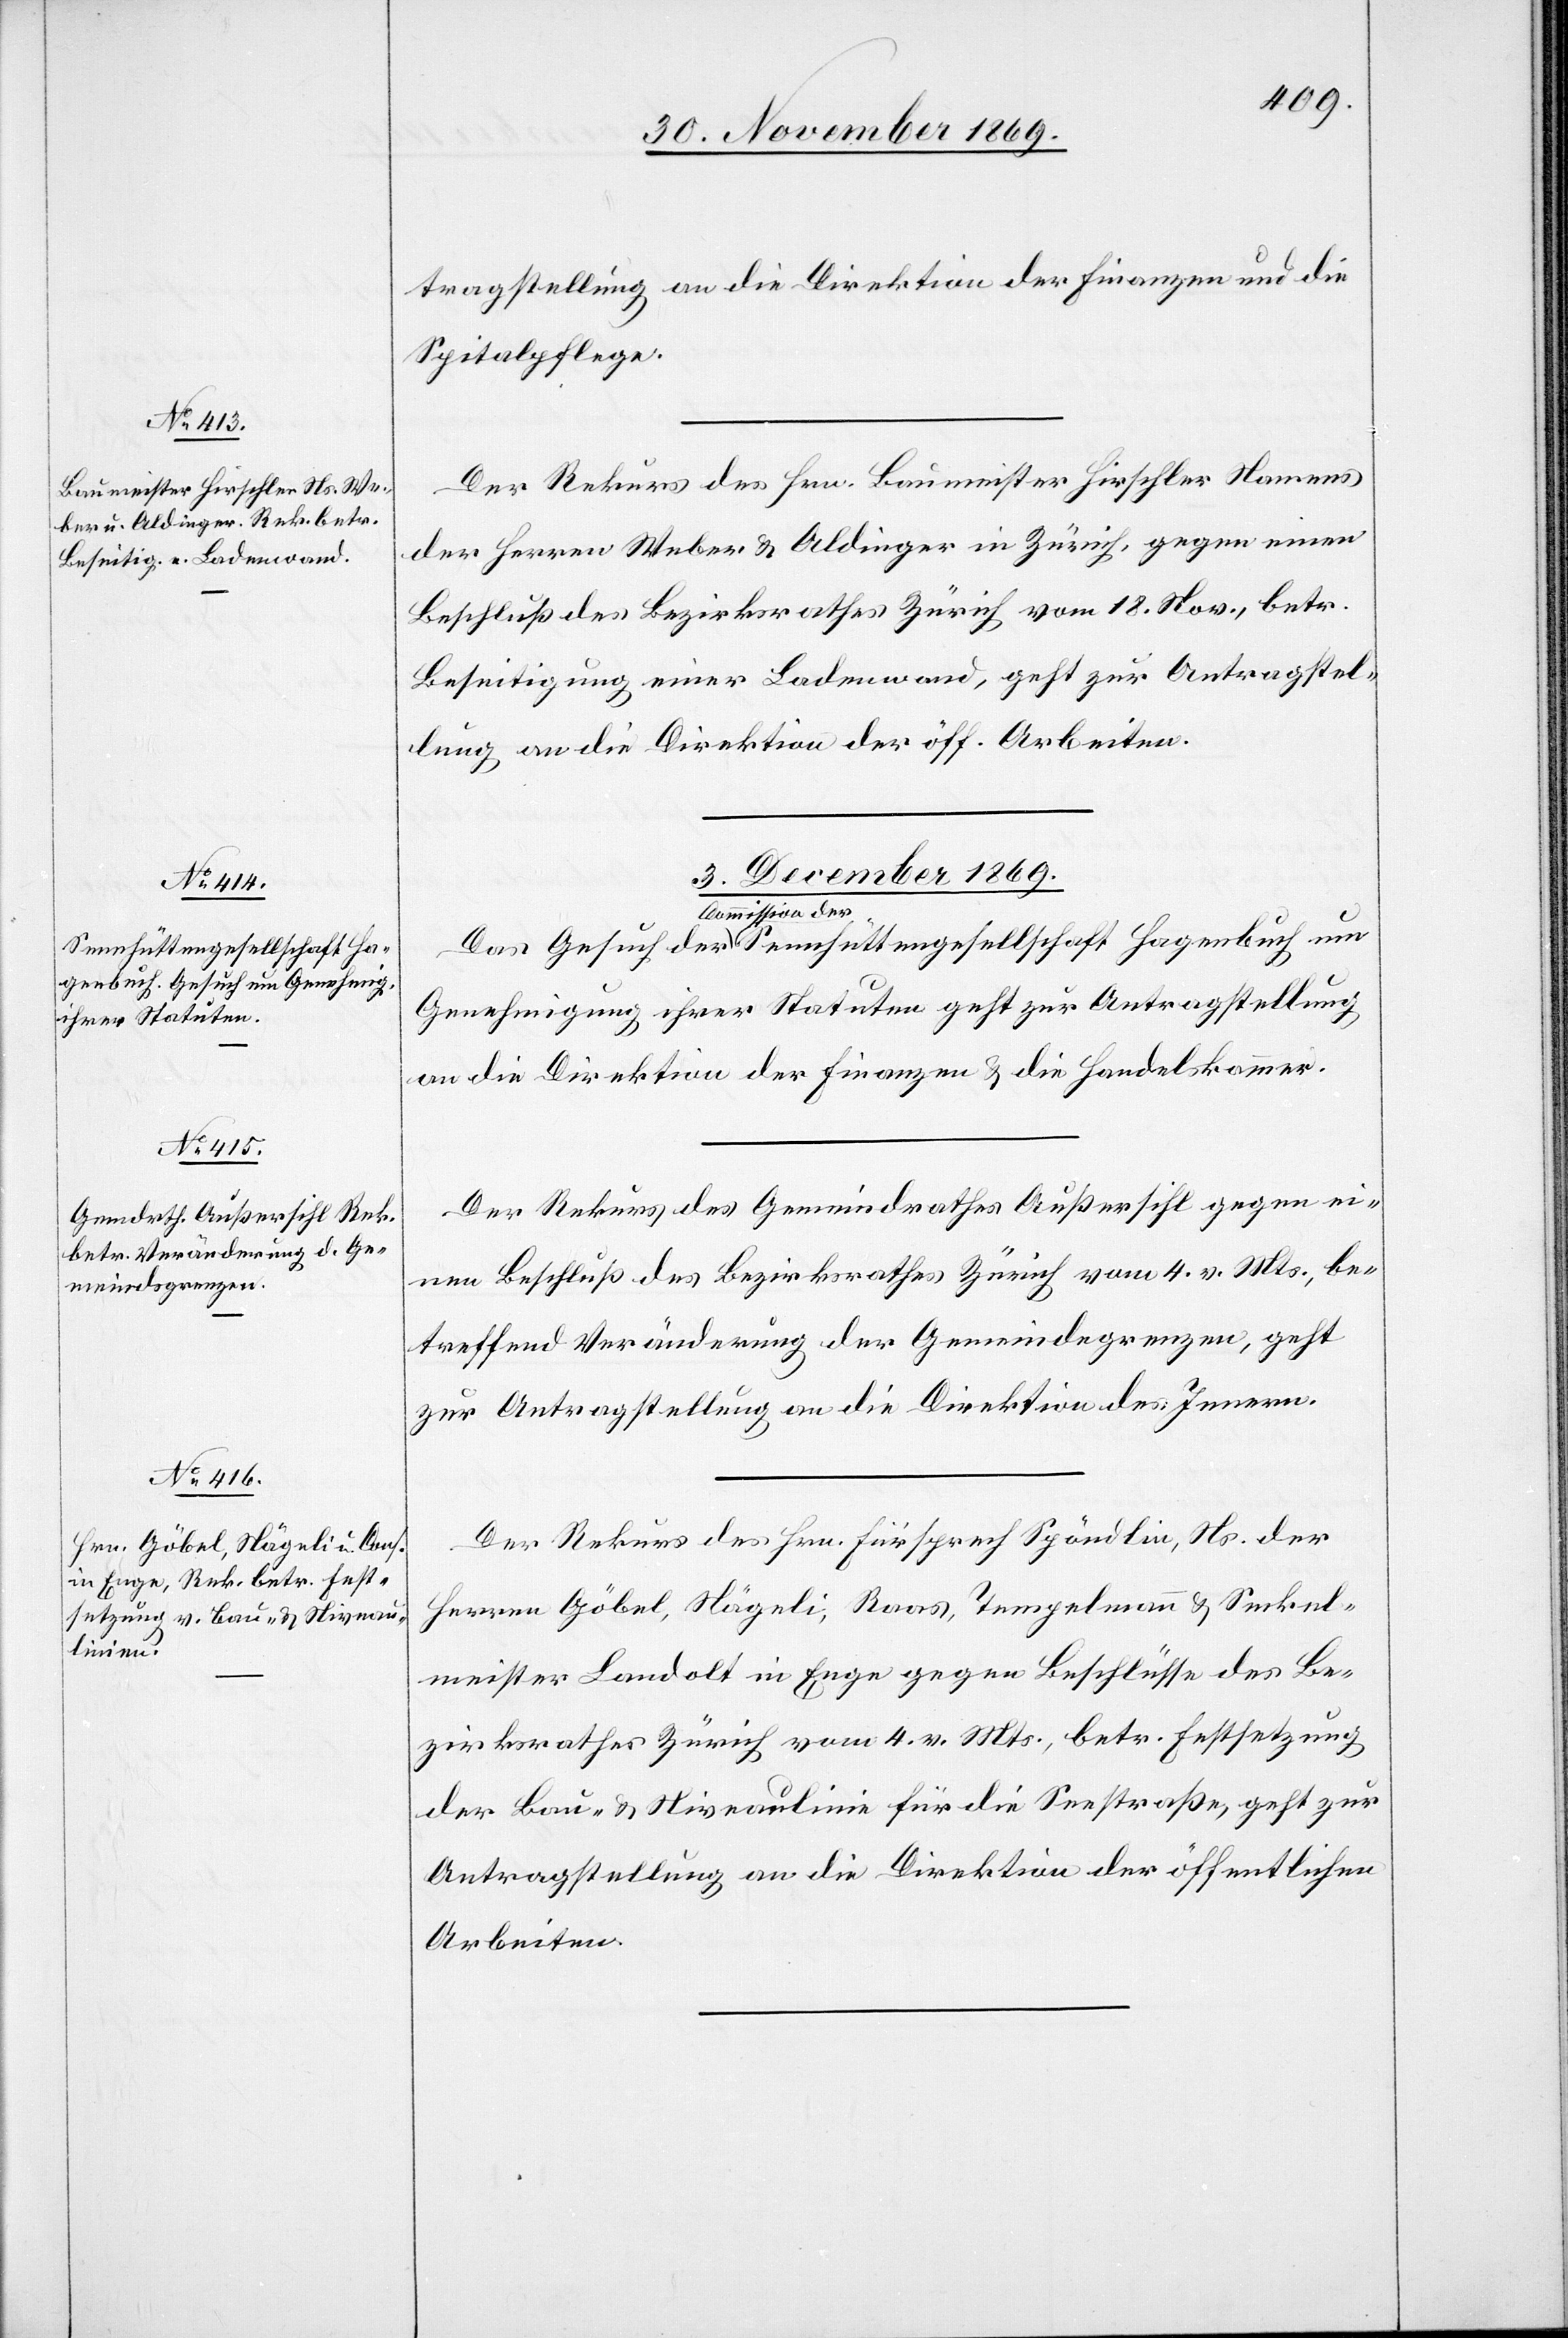
Sennhüttengesellschaft Ha¬
genbuch

tragstellung an die Direktion der Finanzen und die
Spitalpflege.
Der Rekurs des Hrn. Baumeister Hirschler Namens
der Herren Weber & Aldinger in Zürich, gegen einen
Beschluß des Bezirksrathes Zürich vom 18. Nov., betr.
Beseitigung einer Ladenwand, geht zur Antragstel¬
lung an die Direktion der öff. Arbeiten.
3. December 1869.]
Commission der
Genehmigung ihrer Statuten geht zur Antragstellung
an die Direktion der Finanzen & die Handelskammer.
Der Rekurs des Gemeindrathes Außersihl gegen ei¬
nen Beschluß des Bezirksrathes Zürich vom 4. v. Mts., be¬
treffend Veränderung der Gemeindegrenzen, geht
zur Antragstellung an die Direktion des Innern.
Der Rekurs des Hrn. Fürsprech Spöndlin, Ns. der
Herren Göbel, Nägeli, Raas, Tempelmann & Seckel¬
meister Landolt in Enge gegen Beschlüsse des Be¬
zirksrathes Zürich vom 4. v. Mts., betr. Festsetzung
der Bau- & Niveaulinie für die Seestraße, geht zur
Antragstellung an die Direktion der öffentlichen
Arbeiten.